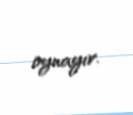
oynayır.